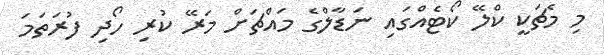
މި މެޗަކީ ކްލޭ ކޯޓެއްގައި ނަޑާލްގެ މައްޗަށް މަރޭ ކުރި ހޯދި ފުރަތަމަ